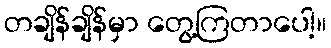
တချိန်ချိန်မှာ တွေ့ကြတာပေါ့။